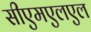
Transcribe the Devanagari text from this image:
सीएमएलएल